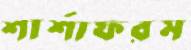
শার্শাফরম